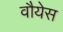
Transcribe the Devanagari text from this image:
वौयेस